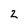
Character: 2